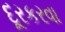
દૂરકરવા